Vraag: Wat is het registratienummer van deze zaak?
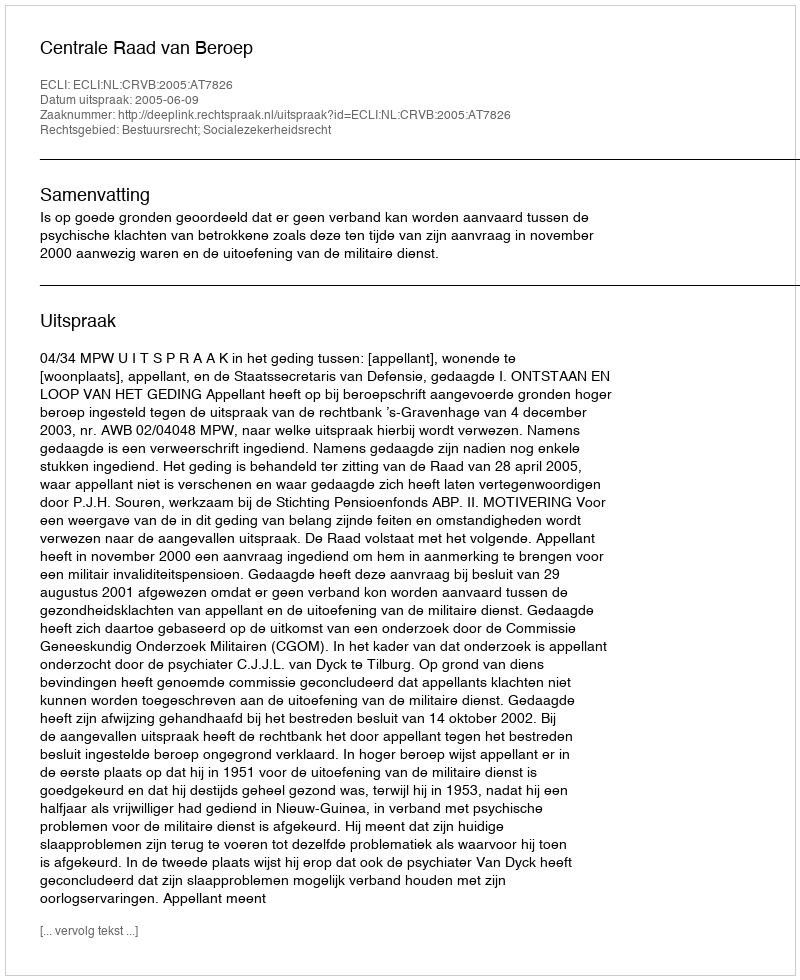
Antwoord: http://deeplink.rechtspraak.nl/uitspraak?id=ECLI:NL:CRVB:2005:AT7826